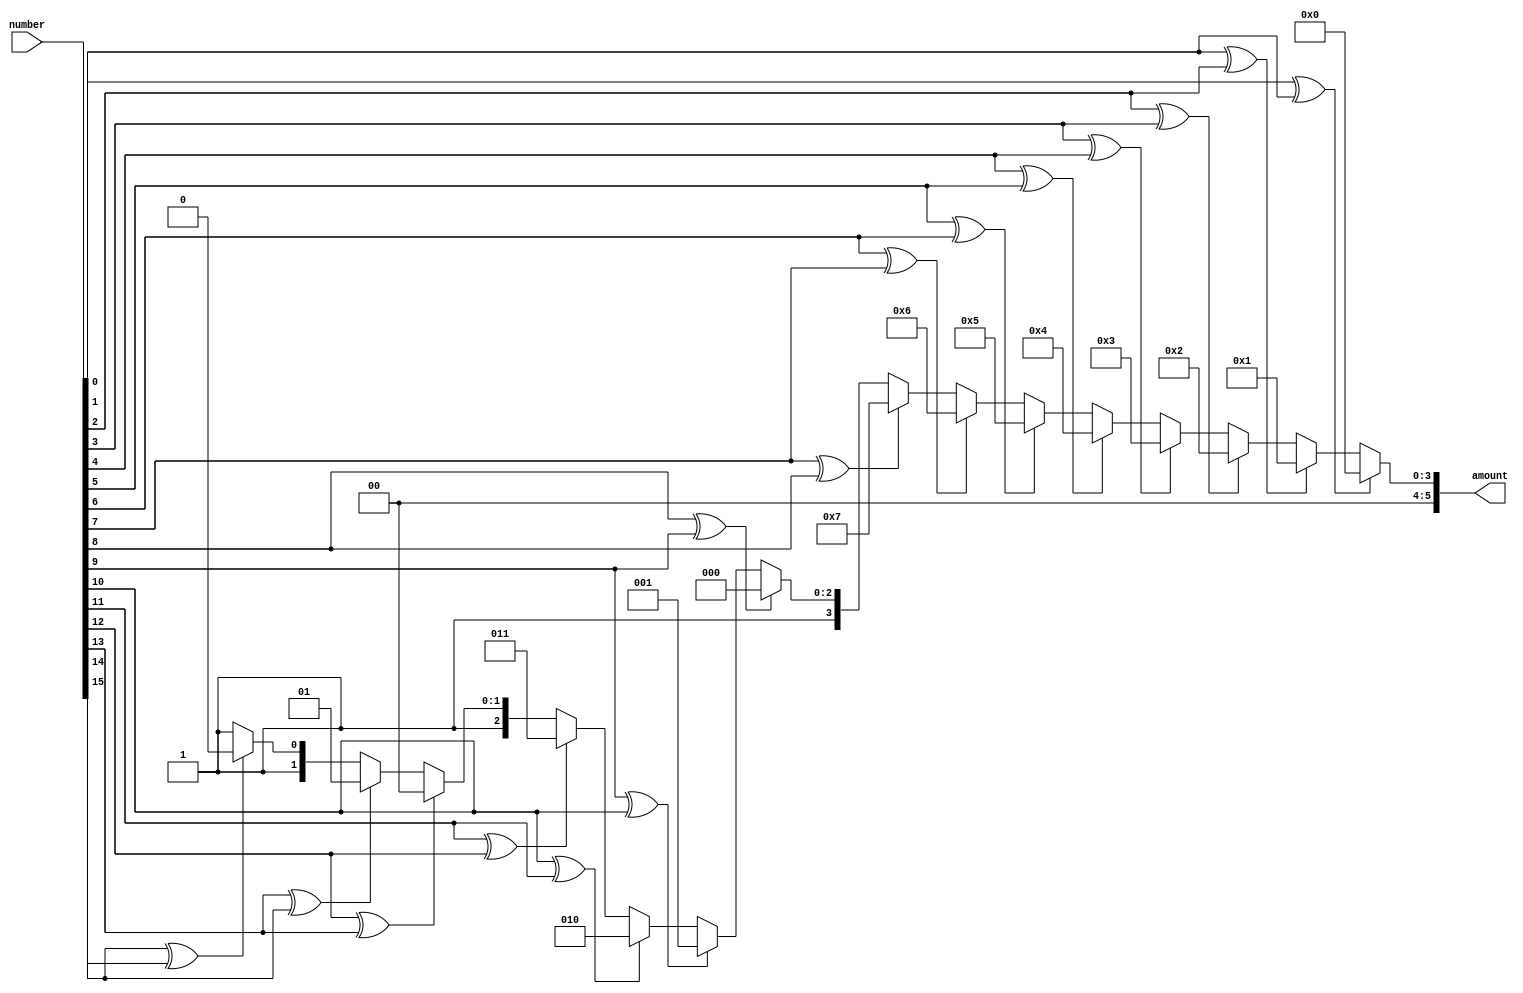
`timescale 1ns / 1ps
//////////////////////////////////////////////////////////////////////////////////
// Company: 
// Engineer: 
// 
// Design Name: 
// Module Name: shift_amount
// Project Name: 
// Target Devices: 
// Tool Versions: 
// Description: 
// 
// Dependencies: 
// 
// Revision:
// Revision 0.01 - File Created
// Additional Comments:
// 
//////////////////////////////////////////////////////////////////////////////////


module shift_amount(
    input [16:0] number,
    output [5:0] amount
    );
    assign amount = number[ 0] ^ number[ 1] ? 5'b00000
                   :number[ 1] ^ number[ 2] ? 5'b00001
                   :number[ 2] ^ number[ 3] ? 5'b00010
                   :number[ 3] ^ number[ 4] ? 5'b00011
                   :number[ 4] ^ number[ 5] ? 5'b00100
                   :number[ 5] ^ number[ 6] ? 5'b00101
                   :number[ 6] ^ number[ 7] ? 5'b00110
                   :number[ 7] ^ number[ 8] ? 5'b00111
                   :number[ 8] ^ number[ 9] ? 5'b01000
                   :number[ 9] ^ number[10] ? 5'b01001
                   :number[10] ^ number[11] ? 5'b01010
                   :number[11] ^ number[12] ? 5'b01011
                   :number[12] ^ number[13] ? 5'b01100
                   :number[13] ^ number[14] ? 5'b01101
                   :number[14] ^ number[15] ? 5'b01110
                   :5'b01111;
                   
endmodule